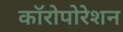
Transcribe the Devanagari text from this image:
कॉरोपोरेशन